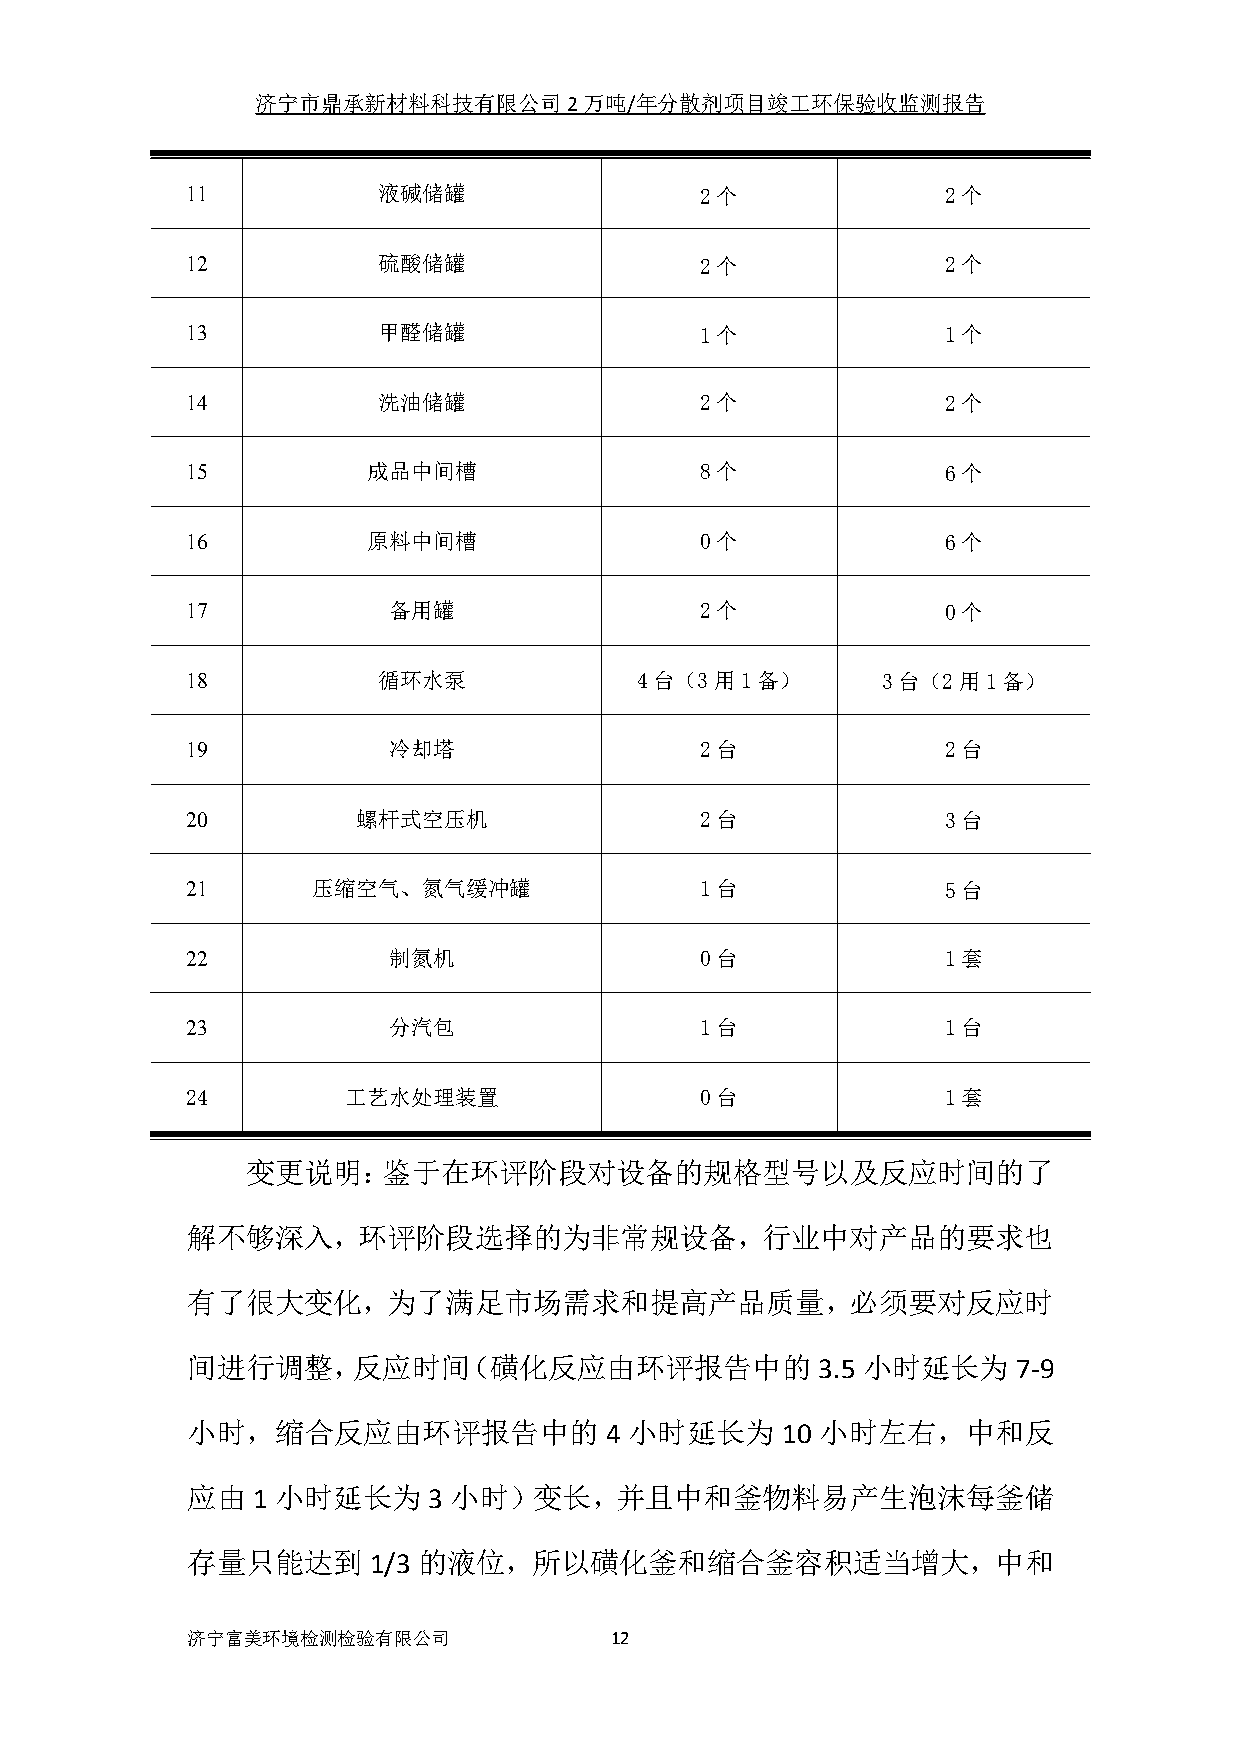
济宁市鼎承新材料科技有限公司2万吨/年分散剂项目竣工环保验收监测报告
 11           液碱储罐                 2个               2个
 12           硫酸储罐                 2个               2个
 13           甲醛储罐                 1个               1个
 14           洗油储罐                 2个               2个
 15          成品中间槽                 8个               6个
 16          原料中间槽                 0个               6个
 17            备用罐                 2个               0个
 18           循环水泵             4台（3用1备）        3台（2用1备）
 19            冷却塔                 2台               2台
 20          螺杆式空压机                2台               3台
 21       压缩空气、氮气缓冲罐               1台               5台
 22            制氮机                 0台               1套
 23            分汽包                 1台               1台
 24         工艺水处理装置                0台               1套
 变更说明：鉴于在环评阶段对设备的规格型号以及反应时间的了
 解不够深入，环评阶段选择的为非常规设备，行业中对产品的要求也
 有了很大变化，为了满足市场需求和提高产品质量，必须要对反应时
 间进行调整，反应时间（磺化反应由环评报告中的                    3.5 小时延长为    7-9
 小时，缩合反应由环评报告中的              4 小时延长为     10 小时左右，中和反
 应由   1 小时延长为    3 小时）变长，并且中和釜物料易产生泡沫每釜储
 存量只能达到      1/3 的液位，所以磺化釜和缩合釜容积适当增大，中和
 济宁富美环境检测检验有限公司              12